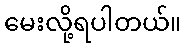
မေးလို့ရပါတယ်။